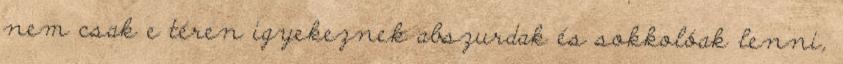
nem csak e téren igyekeznek abszurdak és sokkolóak lenni,